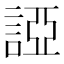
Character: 䛩